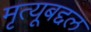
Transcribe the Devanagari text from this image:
मृत्यूबद्दल